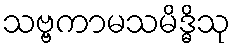
သဗ္ဗကာမသမိဒ္ဓိသု